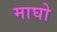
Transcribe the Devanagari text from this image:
माघो